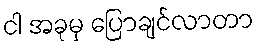
ငါ အခုမှ ပြောချင်လာတာ